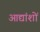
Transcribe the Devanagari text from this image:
आद्यांशों